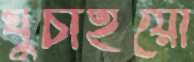
ঘুচাইয়ো